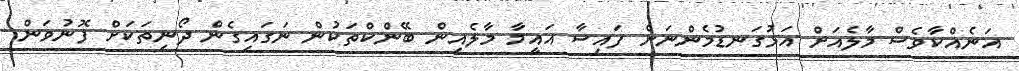
އަނެއްކާވެސް މާލެއަށް އަޅުގަނޑުމެންނަށް ފައިސާ އައީމާ މާލެއިން ބޭންކްތަކުން ނަގައިގެން ދޯނިތަކަށް ފޮނުވަން